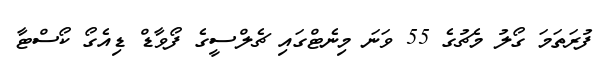
ފުރަތަމަ ގޯލު މެޗުގެ 55 ވަނަ މިނެޓްގައި ޗެލްސީގެ ފޯވާޑް ޑިއެގޯ ކޯސްޓާ